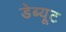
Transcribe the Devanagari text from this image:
डेब्यूट